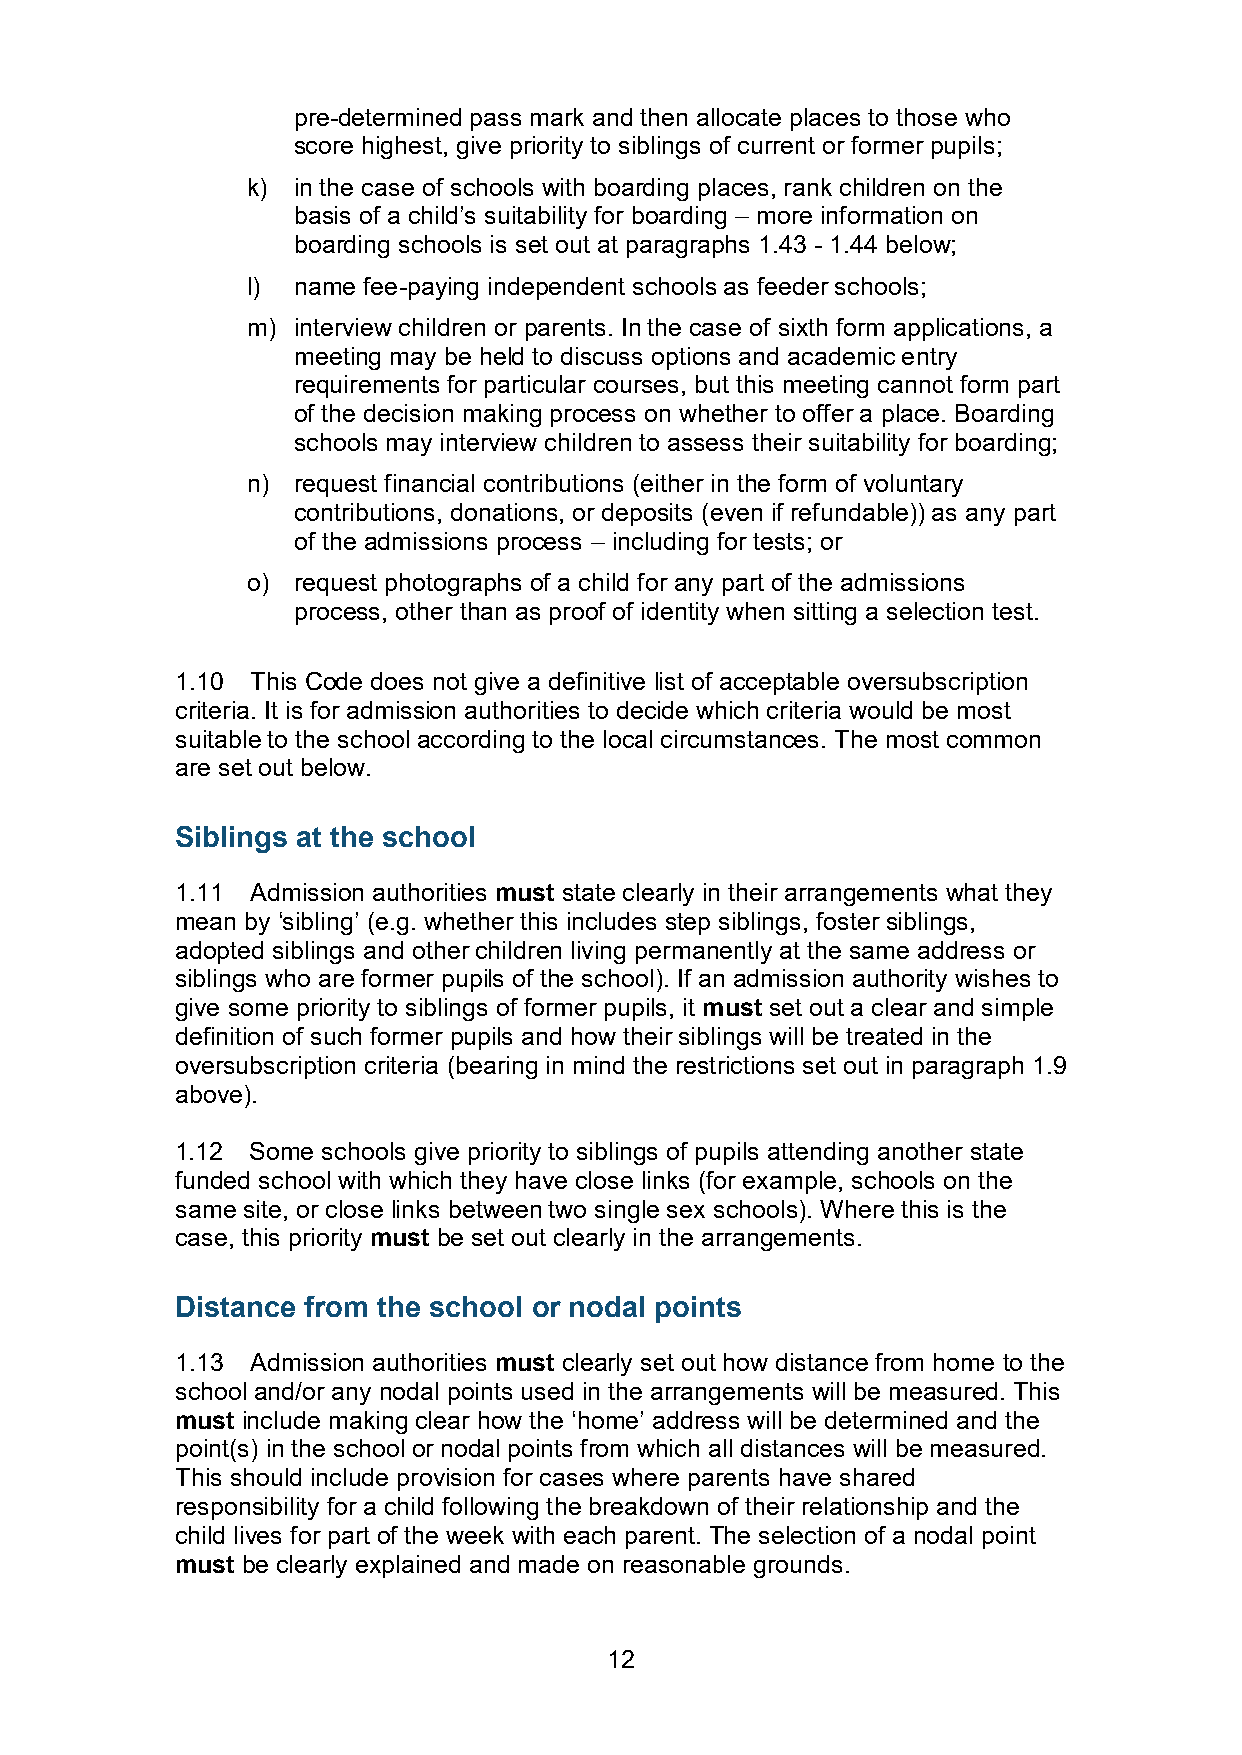
pre-determined pass mark and then allocate places to those who
 score highest, give priority to siblings of current or former pupils;
 k) in the case of schools with boarding places, rank children on the
 basis of a child’s suitability for boarding – more information on
 boarding schools is set out at paragraphs 1.43 - 1.44 below;
 l) name fee-paying independent schools as feeder schools;
 m) interview children or parents. In the case of sixth form applications, a
 meeting may be held to discuss options and academic entry
 requirements for particular courses, but this meeting cannot form part
 of the decision making process on whether to offer a place. Boarding
 schools may interview children to assess their suitability for boarding;
 n) request financial contributions (either in the form of voluntary
 contributions, donations, or deposits (even if refundable)) as any part
 of the admissions process – including for tests; or
 o) request photographs of a child for any part of the admissions
 process, other than as proof of identity when sitting a selection test.
 1.10 This Code does not give a definitive list of acceptable oversubscription
 criteria. It is for admission authorities to decide which criteria would be most
 suitable to the school according to the local circumstances. The most common
 are set out below.
 Siblings at the school
 1.11 Admission authorities must state clearly in their arrangements what they
 mean by ‘sibling’ (e.g. whether this includes step siblings, foster siblings,
 adopted siblings and other children living permanently at the same address or
 siblings who are former pupils of the school). If an admission authority wishes to
 give some priority to siblings of former pupils, it must set out a clear and simple
 definition of such former pupils and how their siblings will be treated in the
 oversubscription criteria (bearing in mind the restrictions set out in paragraph 1.9
 above).
 1.12 Some schools give priority to siblings of pupils attending another state
 funded school with which they have close links (for example, schools on the
 same site, or close links between two single sex schools). Where this is the
 case, this priority must be set out clearly in the arrangements.
 Distance from the school or nodal points
 1.13 Admission authorities must clearly set out how distance from home to the
 school and/or any nodal points used in the arrangements will be measured. This
 must include making clear how the ‘home’ address will be determined and the
 point(s) in the school or nodal points from which all distances will be measured.
 This should include provision for cases where parents have shared
 responsibility for a child following the breakdown of their relationship and the
 child lives for part of the week with each parent. The selection of a nodal point
 must be clearly explained and made on reasonable grounds.
 12